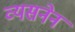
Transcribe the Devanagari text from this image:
व्यसनेन